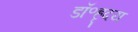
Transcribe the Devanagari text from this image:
डॉ॰हृदय